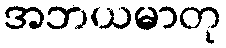
အဘယမာတု